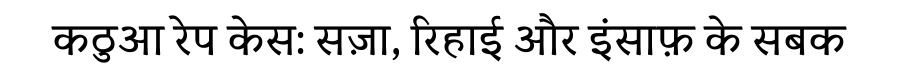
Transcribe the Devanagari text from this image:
कठुआ रेप केस: सज़ा, रिहाई और इंसाफ़ के सबक